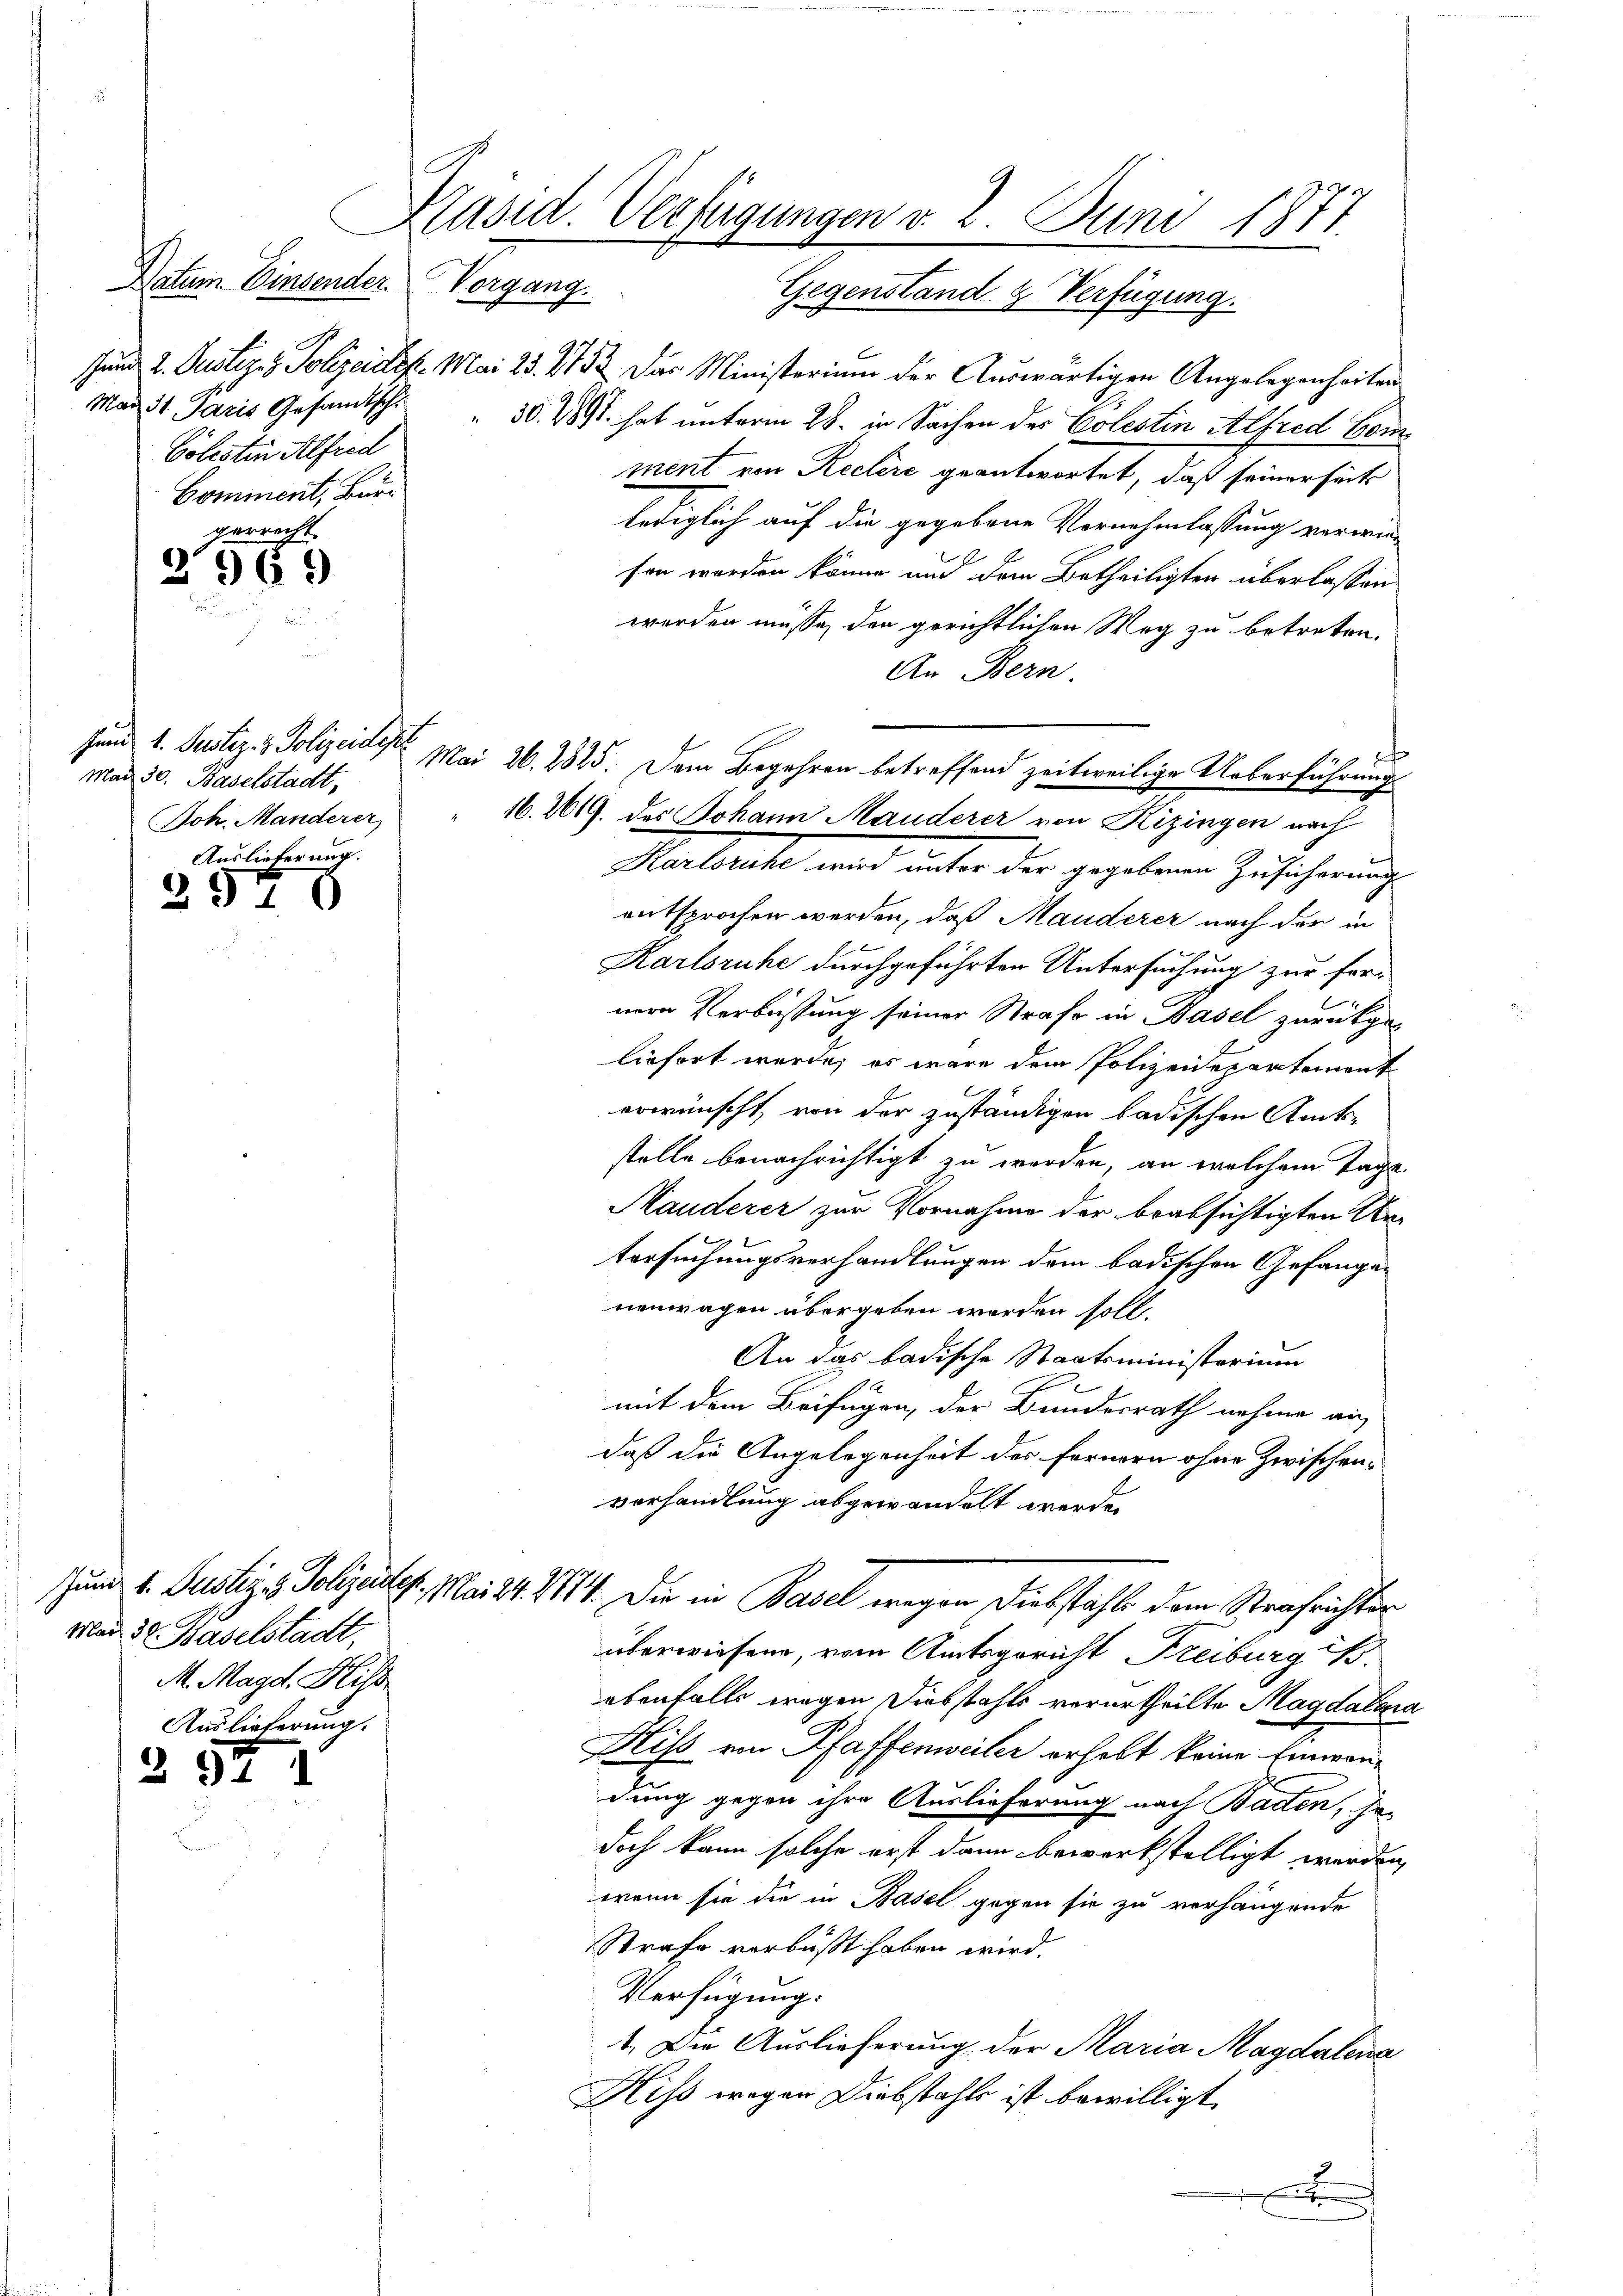
Datum. Einsender.
Cölestin Alfred
Comment, Buri

gerrecht.
2969

Jund 1. Justiz- & Polizeidep
Mad 30. Baselstadt,
Joh. Manderer
Auslieferung.

257

257

Mad 37. Baselstadt,
M. Magd. Heiss
Auslieferung.

1

Käsid. Verfügungen v. 2. Juni 1871.
Serpen
Gegenstand & Verfügung.

Jund 2. Justige Polizeidep. Mai 25. 27. 32. Das Ministerium der Auswärtigen Angelegenheiten
Mad. 31. Jaris Gesandtsch. 30. 1891. hat unterm 28. in Sachen des Colestin Alfred Homment von Reclere geantwortet, daß seinerseits
lediglich auf die gegebene Vernehmlassung verwie¬
E
son werden könne um dem Betheiligten überlassen
werden müsse, den gerichtlichen Weg zu betreten.
An Bern.
E

16.2619. des Johann Manderer von Rizingen nach
Harlache, wird unter der gegebene Zusicherung
entsprochen werden, daß Manderer nach der de
Karlsruhe durchgeführten Untersuchung zur fornern Verbüssung seiner Strafe in Basel zurückge¬
2
liefert werde; es wäre dem Polizeidepartement
erwünscht, von der zuständigen badischen Amts-
stelle benachrichtigt zu werden, an welchem Tage
Mauderer zur Vornahme der beabsichtigten Un-
tersuchungsverhandlungen dem badischen Gefangen
nenwagen übergeben worden soll.
An das badische Staatsministerium
mit dem Beifügen, der Bundesrath nahme an
daß die Angelegenheit der Fernern ohne zwischenvorhandlung abgewandelt werde.
Zund 4. Justiz- Polizeistes. Mai d. 1114. Die in Basel wegen Diebstahls dem Strafrichter
überwiesen, vom Amtsgericht Freiburg i.
ebenfalls wegen Diebstahls verurtheilte Magdalera
Heiss von Pfaffenweiler erhebt keine Einwendung gegen ihre Auslieferung nach Baden, je-
doch kann solche erst dann bewerkstelligt werden,
wenn sie die in Basel gegen sie zu verhängende
Strafe verbüßt haben wird.
Verfügung:
1. Die Auslieferung der Maria Magdalena
Hiss wegen Diebstahls ist bewilligt
e

Mai 26. 2825. Dem Begehren betreffend zeitweilige Ueberführungs

.